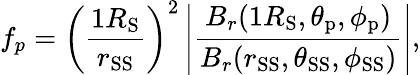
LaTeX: f_{p}=\left(\frac{1R_{\mathrm{S}}}{r_{\mathrm{SS}}}\right)^{2}\left|\frac{B_{r}(1R_{\mathrm{S}},\theta_{\mathrm{p}},\phi_{\mathrm{p}})}{B_{r}(r_{\mathrm{SS}},\theta_{\mathrm{SS}},\phi_{\mathrm{SS}})}\right|,